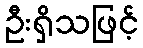
ဦးရှိသဖြင့်